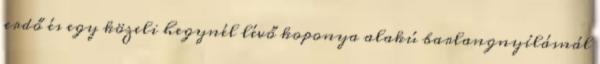
erdő és egy közeli hegynél lévő koponya alakú barlangnyílásnál